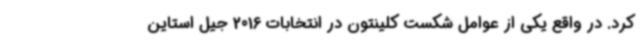
کرد. در واقع یکی از عوامل شکست کلینتون در انتخابات 2016 جیل استاین